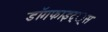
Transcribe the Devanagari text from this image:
डाॅगफाइट््स